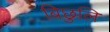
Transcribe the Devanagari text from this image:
बिछुलि